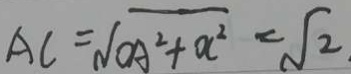
A C = \sqrt { O A ^ { 2 } + a ^ { 2 } } = \sqrt { 2 }